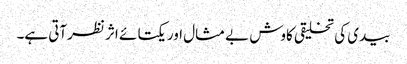
بیدی کی تخلیقی کاوش بے مثال اور یکتا ئے اثر نظرآتی ہے۔